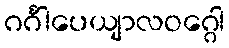
ဂင်္ဂါပေယျာလဝဂ္ဂေါ